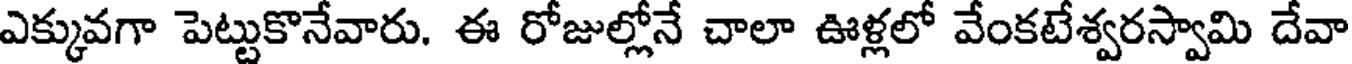
ఎక్కువగా పెట్టుకొనేవారు. ఈ రోజుల్లోనే చాలా ఊళ్లలో వేంకటేశ్వరస్వామి దేవా